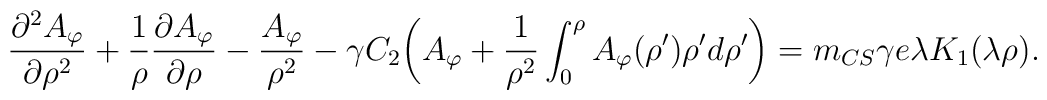
\frac{\partial^2 A_\varphi}{\partial \rho^2}+      \frac{1}{\rho}      \frac{\partial A_\varphi}{\partial \rho}-      \frac{A_\varphi}{\rho^2}- \gamma      C_2\bigg(A_\varphi+ \frac{1}{\rho^2}      \int^{\rho}_{0}A_\varphi(\rho^{\prime})      \rho^{\prime}d\rho^{\prime}\bigg)=      m_{CS}\gamma e\lambda K_1(\lambda \rho).